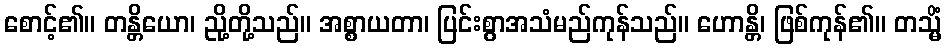
စောင့်၏။ တန္တိယော၊ ညို့တို့သည်။ အစ္စာယတာ၊ ပြင်းစွာအသံမည်ကုန်သည်။ ဟောန္တိ၊ ဖြစ်ကုန်၏။ တသ္မိံ